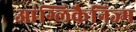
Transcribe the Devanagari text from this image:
आंग्लिकैनिज्म